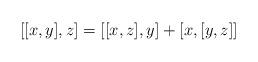
LaTeX: \begin{align*} [[x,y],z]=[[x,z],y]+[x,[y,z]]\end{align*}